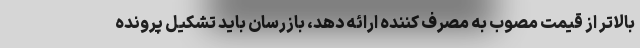
بالاتر از قیمت مصوب به مصرف کننده ارائه دهد، بازرسان باید تشکیل پرونده